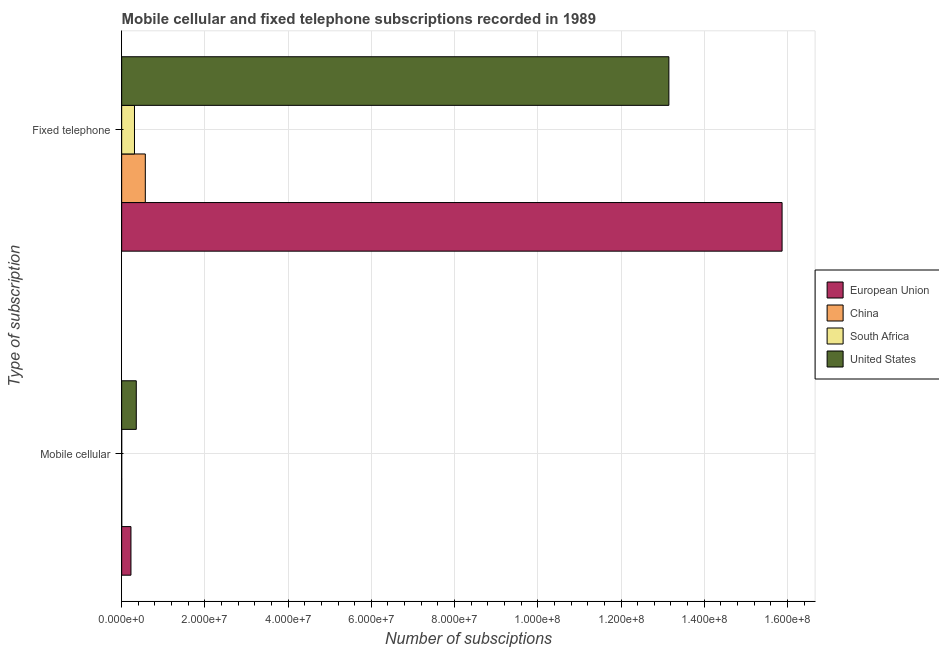
| Type of subscription | European Union | China | South Africa | United States |
 | --- | --- | --- | --- | --- |
 | Mobile cellular | 2.23e+06 | 9.80e+03 | 3.98e+03 | 3.51e+06 |
 | Fixed telephone | 1.59e+08 | 5.68e+06 | 3.08e+06 | 1.32e+08 |